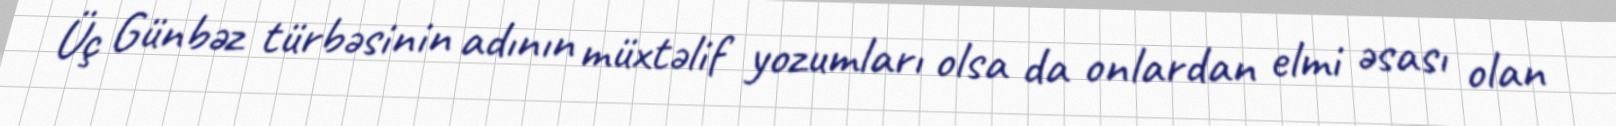
Üç Günbəz türbəsinin adının müxtəlif yozumları olsa da onlardan elmi əsası olan